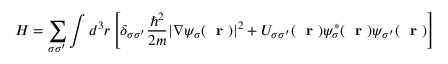
H = \sum _ { \sigma \sigma ^ { \prime } } \int d ^ { 3 } r \left[ \delta _ { \sigma \sigma ^ { \prime } } \frac { \hbar ^ { 2 } } { 2 m } | \nabla \psi _ { \sigma } ( \mathrm { ~ \bf ~ r ~ } ) | ^ { 2 } + U _ { \sigma \sigma ^ { \prime } } ( \mathrm { ~ \bf ~ r ~ } ) \psi _ { \sigma } ^ { * } ( \mathrm { ~ \bf ~ r ~ } ) \psi _ { \sigma ^ { \prime } } ( \mathrm { ~ \bf ~ r ~ } ) \right]